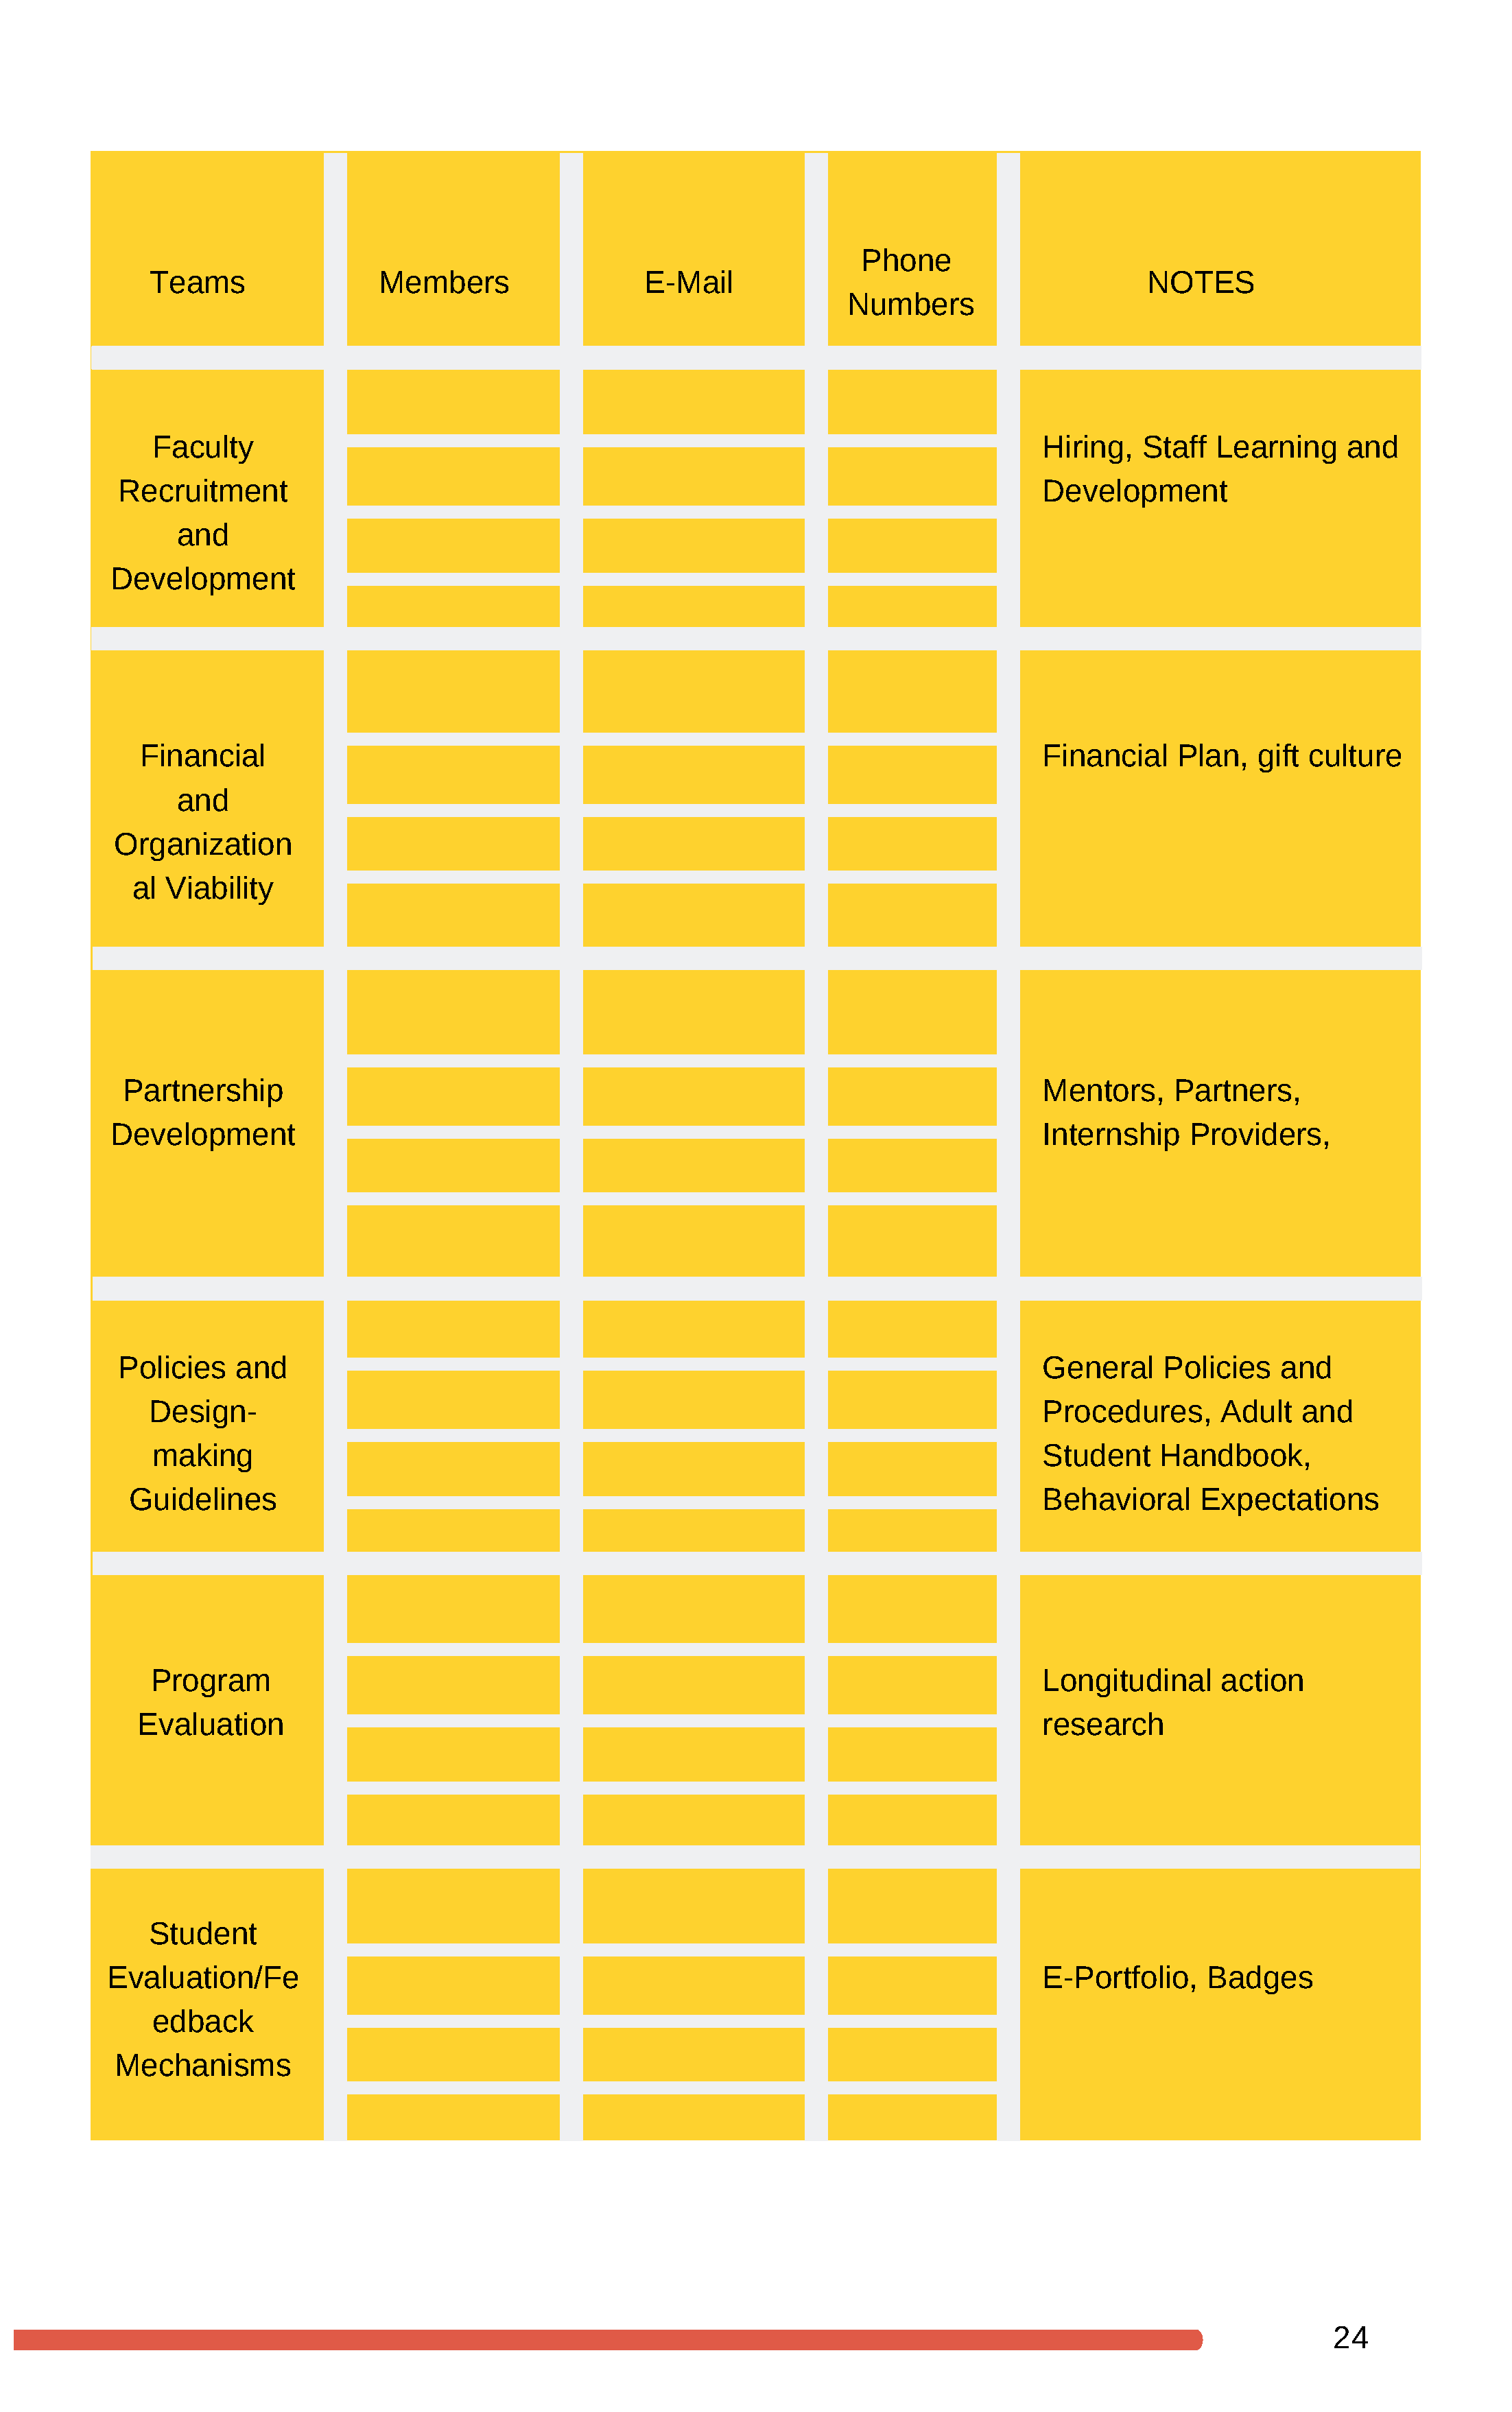
Phone
 Teams                  Members                  E-Mail                                           NOTES
 Numbers
 Faculty                                                                               Hiring,  Staff  Learning     and
 Recruitment                                                                               Development
 and
 Development
 Financial                                                                              Financial    Plan,  gift culture
 and
 Organization
 al Viability
 Partnership                                                                              Mentors,    Partners,
 Development                                                                               Internship    Providers,
 Policies    and                                                                           General    Policies   and
 Design-                                                                                Procedures,      Adult   and
 making                                                                                Student    Handbook,
 Guidelines                                                                               Behavioral     Expectations
 Program                                                                               Longitudinal     action
 Evaluation                                                                              research
 Student
 Evaluation/Fe                                                                              E-Portfolio,   Badges
 edback
 Mechanisms
 24